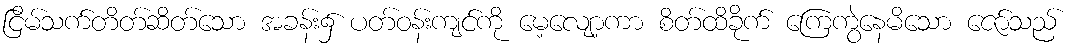
ငြိမ်သက်တိတ်ဆိတ်သော အခန်း၌ ပတ်ဝန်းကျင်ကို မေ့လျော့ကာ စိတ်ထိခိုက် ကြေကွဲနေမိသော ဇော်သည်